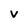
Character: V